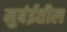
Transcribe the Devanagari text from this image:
मुबंईतील